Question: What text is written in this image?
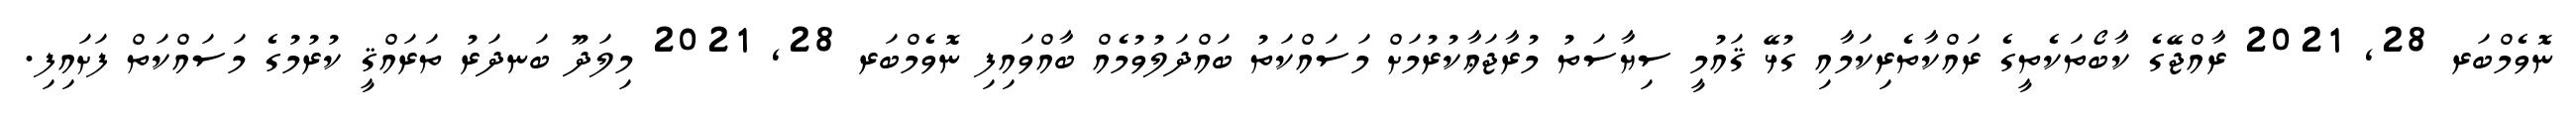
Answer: ނޮވެމްބަރ 28, 2021 ރާއްޖޭގެ ކާބޯތަކެތީގެ ރައްކާތެރިކަމާއި ގުޅޭ ޤައުމީ ސިޔާސަތު މުރާޖަޢާކުރުމަށް މަސައްކަތު ބައްދަލުވުމެއް ބާއްވައިފި ނޮވެމްބަރ 28, 2021 މިލަދޫ ބަނދަރު ތަރައްޤީ ކުރުމުގެ މަސައްކަތް ފަށައިފި.